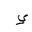
Letter: _ya